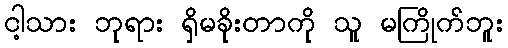
ငါ့သား ဘုရား ရှိမခိုးတာကို သူ မကြိုက်ဘူး